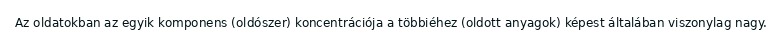
Az oldatokban az egyik komponens (oldószer) koncentrációja a többiéhez (oldott anyagok) képest általában viszonylag nagy.